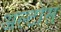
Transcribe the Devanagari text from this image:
अल्टोस